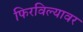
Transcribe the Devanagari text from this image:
फिरविल्यावर